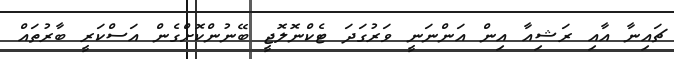
ޗައިނާ އާއި ރަޝިއާ އިން އަންނަނީ ވަރުގަދަ ޓެކްނޮލޮޖީ ބޭނުންކޮށްގެން އަސްކަރީ ބާރުތައް